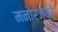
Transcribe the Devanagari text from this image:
मनोरंजकों